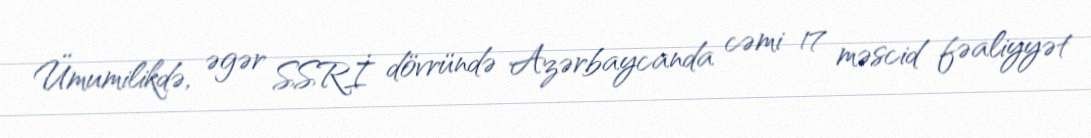
Ümumilikdə, əgər SSRİ dövründə Azərbaycanda cəmi 17 məscid fəaliyyət